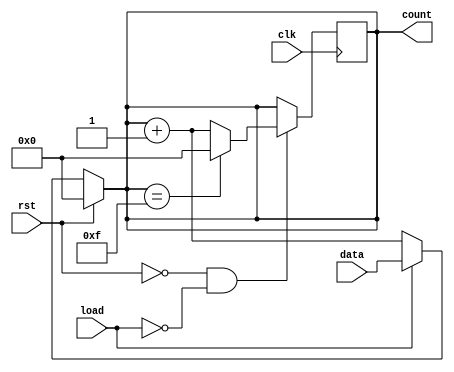
module async_load_counter (
    input wire clk,            // Clock signal
    input wire rst,            // Asynchronous reset signal
    input wire load,           // Asynchronous load signal
    input wire [3:0] data,     // Preset value (4-bit)
    output reg [3:0] count     // Current count value (4-bit)
);

// Asynchronous reset and load logic
always @(*) begin
    if (rst) begin
        count = 4'b0000;      // Reset count to 0
    end else if (load) begin
        count = data;         // Load preset value
    end else begin
        count = count + 1;    // Increment count
    end
end

// Synchronous counting on clock edge
always @(posedge clk) begin
    if (!rst && !load) begin
        if (count == 4'b1111) begin
            count <= 4'b0000; // Wrap around to 0
        end else begin
            count <= count + 1; // Increment count
        end
    end
end

endmodule